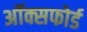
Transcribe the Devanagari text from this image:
अॉक्सफोर्ड